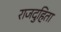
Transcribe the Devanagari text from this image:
राजदुहिता